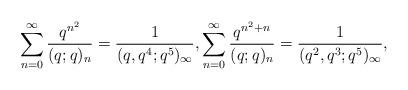
LaTeX: \begin{align*} \sum_{n=0}^\infty \frac{q^{n^2}}{(q;q)_n} = \frac{1}{(q, q^4; q^5)_\infty}, \sum_{n=0}^\infty \frac{q^{n^2+n}}{(q;q)_n} = \frac{1}{(q^2, q^3; q^5)_\infty},\end{align*}